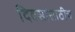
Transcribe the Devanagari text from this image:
दिवसांसाठीच